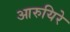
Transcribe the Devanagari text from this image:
आरुयिरे